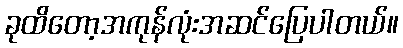
ခုထိတော့အကုန်လုံးအဆင်ပြေပါတယ်။